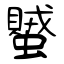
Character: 蠈